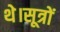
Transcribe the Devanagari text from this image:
थे।सूत्रों